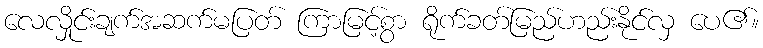
လေလှိုင်းချက်အဆက်မပြတ် ကြာမြင့်စွာ ရိုက်ခတ်မြည်ဟည်းနိုင်လှ ပေ၏။